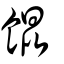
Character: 餛